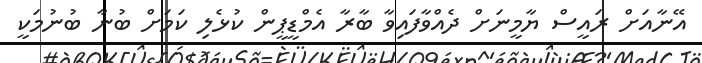
އޭނާއަށް ރައީސް ޔާމީނަށް ދެއްވާފައިވާ ބާރާ އެމްޑީޕީން ކުޅެލި ކަމަށް ބުނާ ބުނުމަކީ